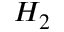
H _ { 2 }